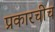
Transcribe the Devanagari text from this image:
प्रकारचीच